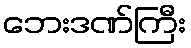
ဘေးဒဏ်ကြီး